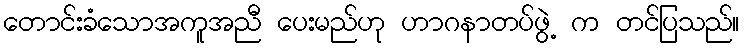
တောင်းခံသောအကူအညီ ပေးမည်ဟု ဟာဂနာတပ်ဖွဲ့ က တင်ပြသည်။